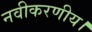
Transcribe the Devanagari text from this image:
नवीकरणीय।